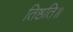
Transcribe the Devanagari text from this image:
तिष्ठति॥